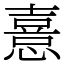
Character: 憙